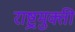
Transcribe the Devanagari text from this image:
राष्ट्रमुक्ती